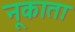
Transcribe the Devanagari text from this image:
नूकाता